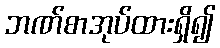
ဘဏ်စာအုပ်ထားရှိ၍